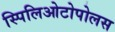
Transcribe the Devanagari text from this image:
स्पिलिओटोपोलस